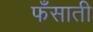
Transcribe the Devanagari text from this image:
फँसाती